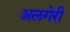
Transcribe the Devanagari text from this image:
अलगेरी